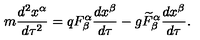
m \frac { d ^ { 2 } x ^ { \alpha } } { d \tau ^ { 2 } } = q F _ { \beta } ^ { \alpha } \frac { d x ^ { \beta } } { d \tau } - g \widetilde { F } _ { \beta } ^ { \alpha } \frac { d x ^ { \beta } } { d \tau } .